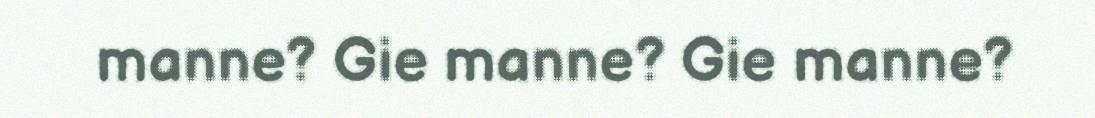
manne? Gie manne? Gie manne?